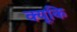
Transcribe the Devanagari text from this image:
क्यूकि